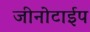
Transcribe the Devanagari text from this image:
जीनोटाईप